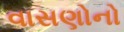
વાસણોનો